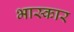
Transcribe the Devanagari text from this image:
भास्कार